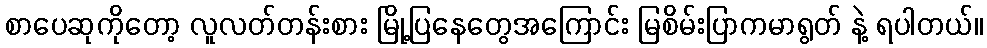
စာပေဆုကိုတော့ လူလတ်တန်းစား မြို့ပြနေတွေအကြောင်း မြစိမ်းပြာကမာရွတ် နဲ့ ရပါတယ်။